Report of the Municipal Commissioner on the plague in Bombay for the year ending 31st May... - Volume 1
Disease focus: Plague
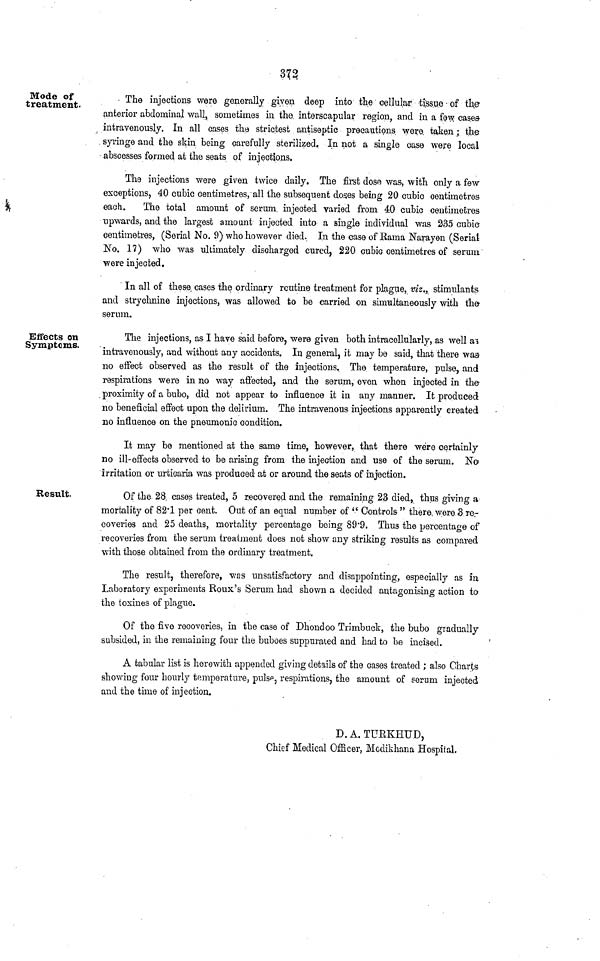
372
Mode of
treatment.
The injections were generally given deep into the cellular ti'ssue of the-
anterior abdominal wall, sometimes in the interscapular region, and in a few casea
intravenously. In all cases tlie strictest antiseptic precautions were taken; the
syringe and the skin being carefully sterilized. In not a single case were local
abscesses formed at the seats of injections.
The injections were given twice daily. The first dose was-, with only a few
exceptions, 40 cubic centimetres, all the subsequent doses being 20 cubic centimetres
each.
The total amount of serum injected varied from 40 cubic centimetres
upwards, and the largest amount injected into a single individual was 235 cubic
centimetres, (Serial No. 9) who however died. In the case of Rama Narayen (Serial
No. 17) who was ultimately discharged cured, 220 cubic centimetres of serum-
were injected.
In all of these cases the ordinary routine treatment for plague, viz., stimulants
and strychnine injections, was allowed to be carried on simultaneously with the-
serum.
Effects on
Symptoms.
The injections, as I have said before, were given both intracellularly, as well a i
intravenously, and without any accidents. In general, it may be said, that there waa
no effect observed as the result of the injections. The temperature, pulse, and
respirations were in no way afi'ected, and the serum, even when injected in the-
proximity of a bubo, did not appear to influence it in any manner. It produced
no beneficial effect upon the delirium. The intravenous injections apparently created
no influence on the pneumonic condition.
It may be mentioned at the same time, however, that there were certainly
no ill-effects observed to be arising from the injection and use of the serum. No
irritation or urticaria was produced at or around the seats of injection.
Result.
Of the 28 cases treated, 5 recovered and the remaining 23 died, thus giving a
mortality of 82'1 per cent. Out of an equal number of " Controls " there were 3 re-
coveries and 25 deaths, mortality percentage being S9'9. Thus the percentage of
recoveries from the serum treatment does not show any striking results as compared
with those obtained from the ordinary treatment.
The result, therefore, was unsatisfactory and disappointing, especially as in
Laboratory experiments Roux's Serum had shown a decided antagonising action to
the toxines of plague.
Of the five recoveries, in the case of Dhondoo Trimbuek, the bubo gradually
subsided, in the remaining four the buboes suppurated and had to be incised.
A tabular list is herewith appended giving details of the cases treated ; also Charts
showing four hourly temperature, pnlsp, respirations, the amount of serum injected
and the time of injection.
D. A. TURKHUD,
Chief Medical Officer, Mcdikhana Hospiial.